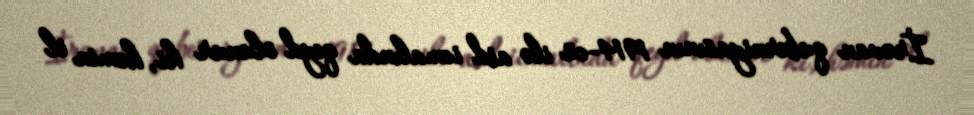
İrəvan quberniyasının 1914-cü ilə aid icmalında qeyd olunur ki, həmin il